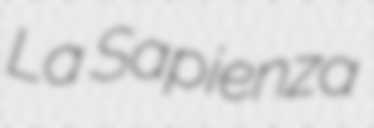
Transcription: La Sapienza